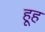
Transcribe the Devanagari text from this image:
हूह